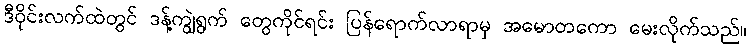
ဒီဝိုင်းလက်ထဲတွင် ဒန့်ကျွဲရွက် တွေကိုင်ရင်း ပြန်ရောက်လာရာမှ အမောတကော မေးလိုက်သည်။